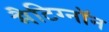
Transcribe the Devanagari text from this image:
मैटिग्नॉन